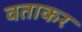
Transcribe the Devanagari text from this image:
वताकर